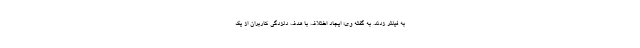
به فیلتر زدند. به گفته وی؛ ایجاد اختلاف با هدف دلزدگی کاربران از یک